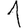
Digit: 1